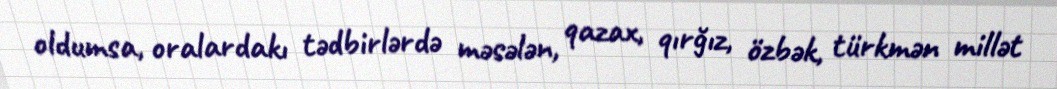
oldumsa, oralardakı tədbirlərdə məsələn, qazax, qırğız, özbək, türkmən millət